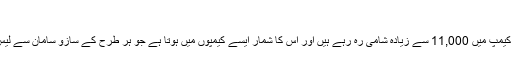
‘‘
کیلیس کیمپ میں 11,000 سے زیادہ شامی رہ رہے ہیں اور اس کا شمار ایسے کیمپوں میں ہوتا ہے جو ہر طرح کے سازو سامان سے لیس ہے ۔